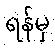
ရန်မှ